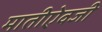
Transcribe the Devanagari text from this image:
मातीऐवजी